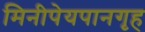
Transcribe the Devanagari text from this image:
मिनीपेयपानगृह